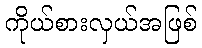
ကိုယ်စားလှယ်အဖြစ်